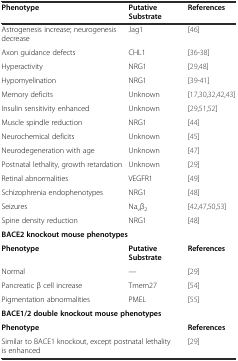
| Phenotype | Putative Substrate | References |
 | --- | --- | --- |
 | Astrogenesis increase; neurogenesis decrease | Jag1 | [46] |
 | Axon guidance defects | CHL1 | [36-38] |
 | Hyperactivity | NRG1 | [29,48] |
 | Hypomyelination | NRG1 | [39-41] |
 | Memory deficits | Unknown | [17,30,32,42,43] |
 | Insulin sensitivity enhanced | Unknown | [29,51,52] |
 | Muscle spindle reduction | NRG1 | [44] |
 | Neurochemical deficits | Unknown | [45] |
 | Neurodegeneration with age | Unknown | [47] |
 | Postnatal lethality, growth retardation | Unknown | [29] |
 | Retinal abnormalities | VEGFR1 | [49] |
 | Schizophrenia endophenotypes | NRG1 | [48] |
 | Seizures | Navβ2 | [42,47,50,53] |
 | Spine density reduction | NRG1 | [48] |
 | <COLSPAN=3> BACE2 knockout mouse phenotypes |
 | Phenotype | Putative Substrate | References |
 | Normal | --- | [29] |
 | Pancreatic β cell increase | Tmem27 | [54] |
 | Pigmentation abnormalities | PMEL | [55] |
 | <COLSPAN=3> BACE1/2 double knockout mouse phenotypes |
 | <COLSPAN=2> Phenotype | References |
 | <COLSPAN=2> Similar to BACE1 knockout, except postnatal lethality is enhanced | [29] |